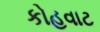
કોહવાટ